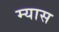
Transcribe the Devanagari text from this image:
म्यास